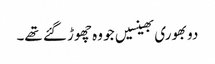
دو بھوری بھینسیں جو وہ چھوڑ گئے تھے۔